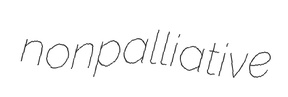
nonpalliative